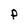
Character: p